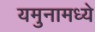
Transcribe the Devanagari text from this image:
यमुनामध्ये